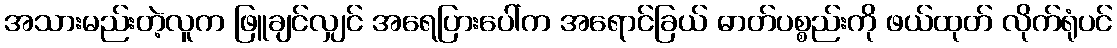
အသားမည်းတဲ့လူက ဖြူချင်လျှင် အရေပြားပေါ်က အရောင်ခြယ် ဓာတ်ပစ္စည်းကို ဖယ်ထုတ် လိုက်ရုံပင်